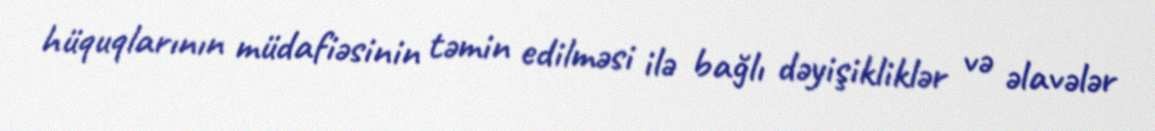
hüquqlarının müdafiəsinin təmin edilməsi ilə bağlı dəyişikliklər və əlavələr